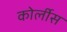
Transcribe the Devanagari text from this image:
कोर्लीस